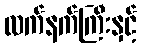
လက်နက်ကြီးနှင့်